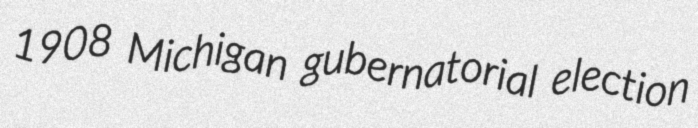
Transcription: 1908 Michigan gubernatorial election